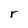
Character: r